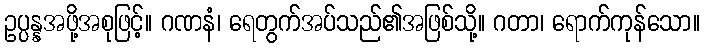
ဥပ္ပန္နအဖို့အစုဖြင့်။ ဂဏနံ၊ ရေတွက်အပ်သည်၏အဖြစ်သို့။ ဂတာ၊ ရောက်ကုန်သော။